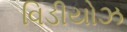
વિડીયોઝ